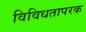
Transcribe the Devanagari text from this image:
विविधतापरक